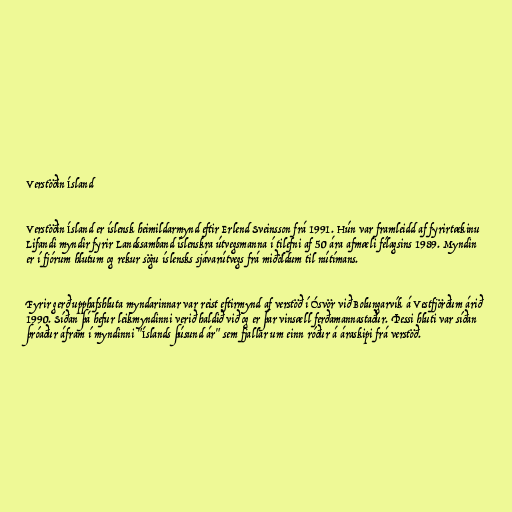
Verstöðin Ísland

Verstöðin Ísland er íslensk heimildarmynd eftir Erlend Sveinsson frá 1991. Hún var framleidd af fyrirtækinu
Lifandi myndir fyrir Landssamband íslenskra útvegsmanna í tilefni af 50 ára afmæli félagsins 1989. Myndin
er í fjórum hlutum og rekur sögu íslensks sjávarútvegs frá miðöldum til nútímans.

Fyrir gerð upphafshluta myndarinnar var reist eftirmynd af verstöð í Ósvör við Bolungarvík á Vestfjörðum árið
1990. Síðan þá hefur leikmyndinni verið haldið við og er þar vinsæll ferðamannastaður. Þessi hluti var síðan
þróaður áfram í myndinni "Íslands þúsund ár" sem fjallar um einn róður á áraskipi frá verstöð.